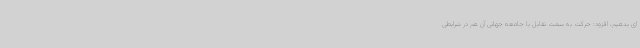
ای بدهیم، افزود: حرکت به سمت تقابل با جامعه جهانی آن هم در شرایطی